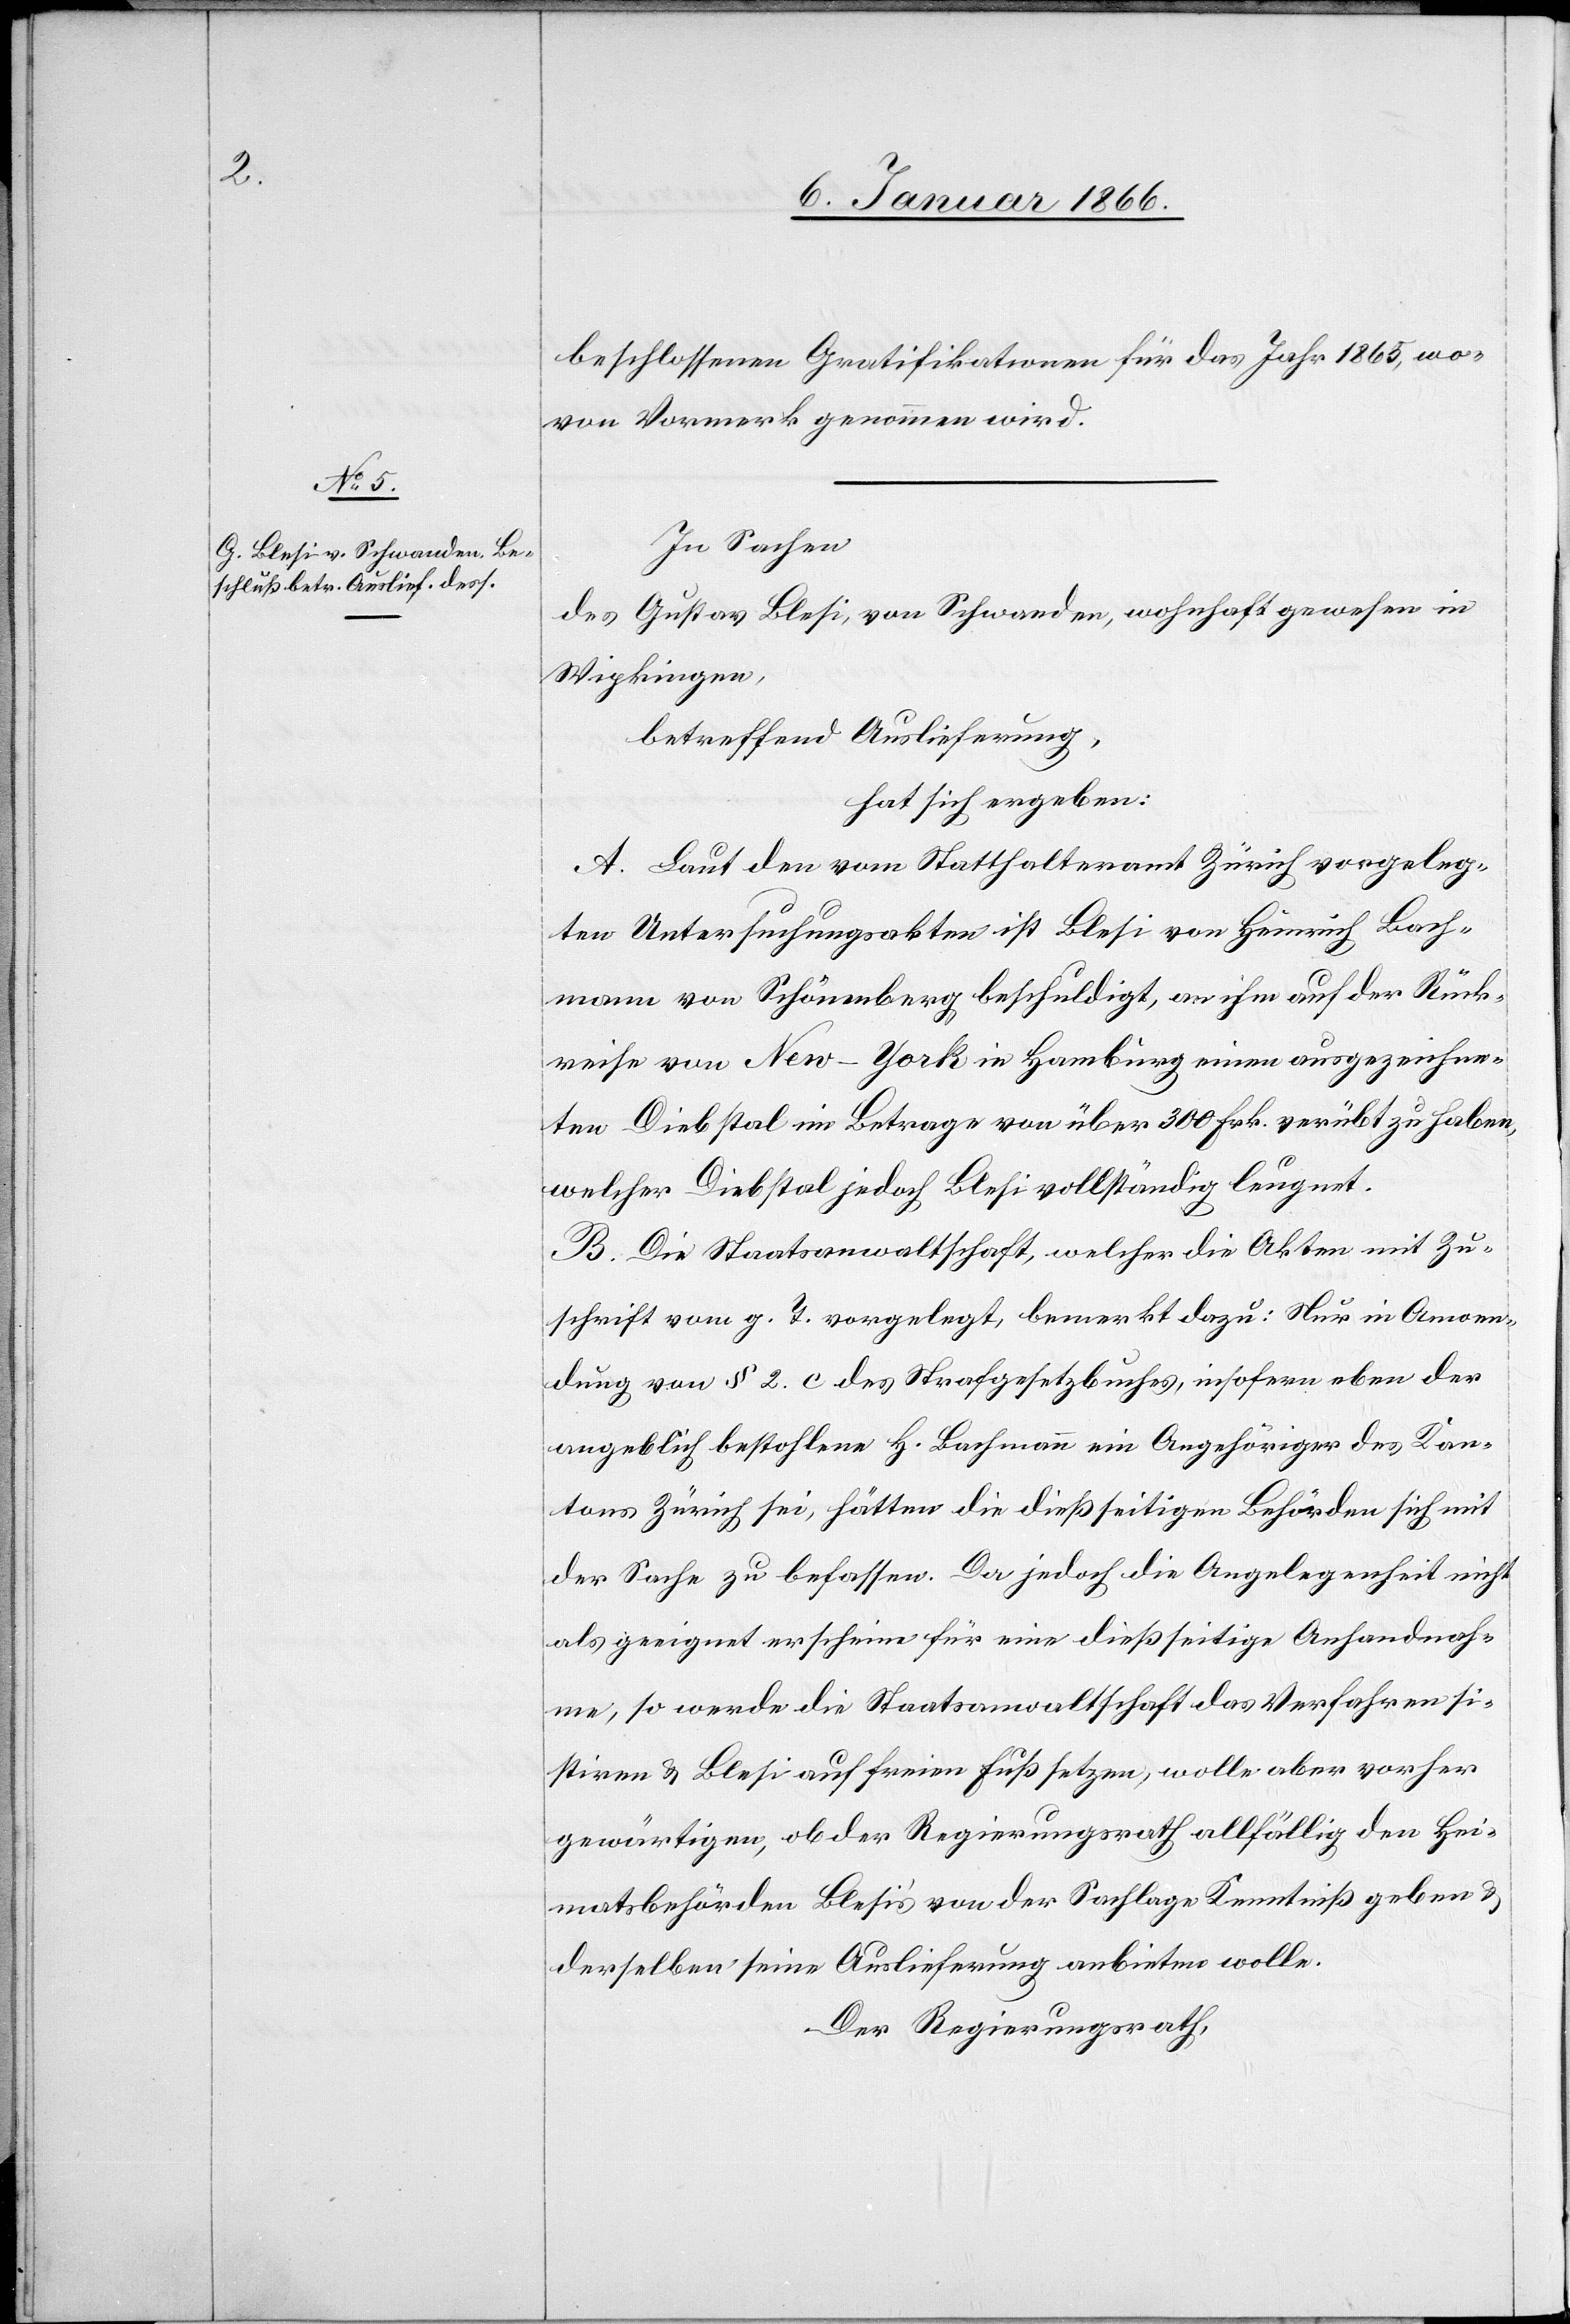
beschlossenen Gratifikationen für das Jahr 1865, wo¬
von Vormerk genommen wird.
In Sachen
des Gustav Blesi, von Schwanden, wohnhaft gewesen in
Wipkingen,
betreffend Auslieferung
hat sich ergeben:
A. Laut den vom Statthalteramt Zürich vorgeleg¬
ten Untersuchungsakten ist Blesi von Heinrich Bach¬
mann von Schönenberg beschuldigt, an ihm auf der Rück¬
reise von New-York in Hamburg einen ausgezeichne¬
ten Diebstal im Betrage von über 300 Frk.verübt zu haben,
welcher Diebstal jedoch Blesi vollständig leugnet.
B. Die Staatsanwaltschaft, welcher die Akten mit Zu¬
schrift vom g. T. vorgelegt, bemerkt dazu: Nur in Anwen¬
dung von § 2. c des Strafgesetzbuches, insofern eben der
angeblich bestohlene H. Bachmann ein Angehöriger des Kan¬
tons Zürich sei, hätten die dießseitigen Behörden sich mit
der Sache zu befassen. Da jedoch die Angelegenheit nicht
als geeignet erscheine für eine dießseitige Anhandnah¬
me, so werde die Staatsanwaltschaft das Verfahren si¬
stiren u. Blesi auf freien Fuß setzen, wolle aber vorher
gewärtigen, ob der Regierungsrath allfällig den Hei¬
matbehörden Blesi’s von der Sachlage Kenntniß geben u.
derselben seine Auslieferung anbieten wolle.
Der Regierungsrath